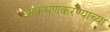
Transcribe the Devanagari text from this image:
आक्रमणकरण्याच्या